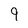
Character: 9